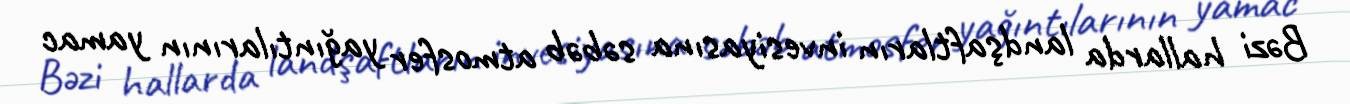
Bəzi hallarda landşaftların invesiyasına səbəb atmosfer yağıntılarının yamac